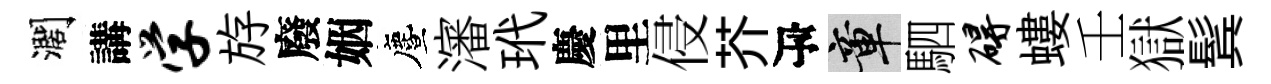
濶講学斿廢姻󵨌瀋玳慶里侵芥瓴章駟碍螻壬獄鬂